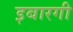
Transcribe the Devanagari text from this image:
इबारगी